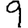
Digit: 9